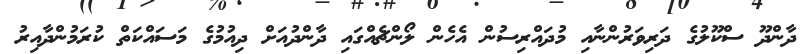
ދާންދޫ ސްކޫލުގެ ދަރިވަރުންނާއި މުދައްރިސުން އެހެން ލޯންޗެއްގައި ދާންދުއަށް ދިއުމުގެ މަސައްކަތް ކުރަމުންދާއިރު